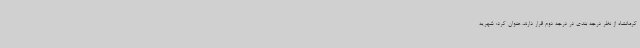
کرمانشاه از نظر درجه بندی در درجه دوم قرار دارند، عنوان کرد: شهریه